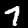
Digit: 7